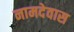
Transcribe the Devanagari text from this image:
नामदेवास